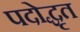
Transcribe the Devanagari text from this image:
पदोद्धृत